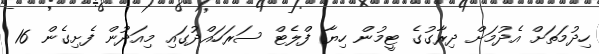
ހިދުމަތަށް އެދުމަށް ދިރާގުގެ ޓީމުން ހިޔާ ފްލެޓް ސަރަހައްދުގައި މިއަދުން ފެށިގެން 16